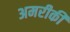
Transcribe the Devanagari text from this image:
अमरीकी